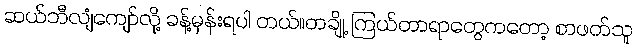
ဆယ်ဘီလျံကျော်လို့ ခန့်မှန်းရပါ တယ်။တချို့ ကြယ်တာရာတွေကတော့ စာဖတ်သူ